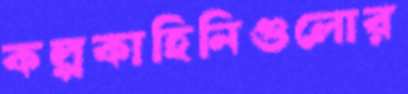
কল্পকাহিনিগুলোর